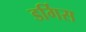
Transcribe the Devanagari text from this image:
डर्गिस